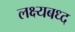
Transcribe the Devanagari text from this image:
लक्ष्यबध्द